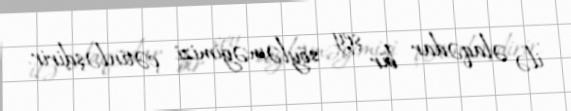
ilə əlaqədar bir şey söyləməyimizi çətinləşdirir.